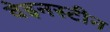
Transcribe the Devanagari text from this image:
वेइनस्टीन